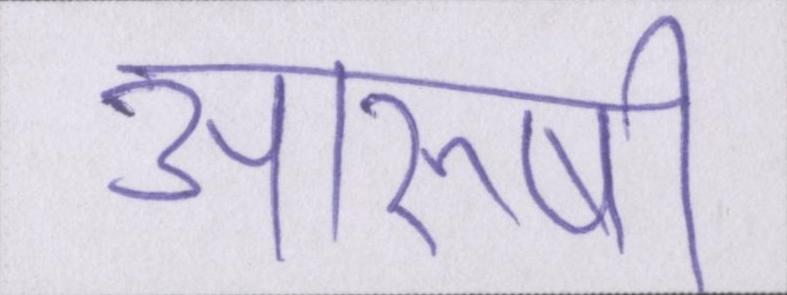
आरुषी